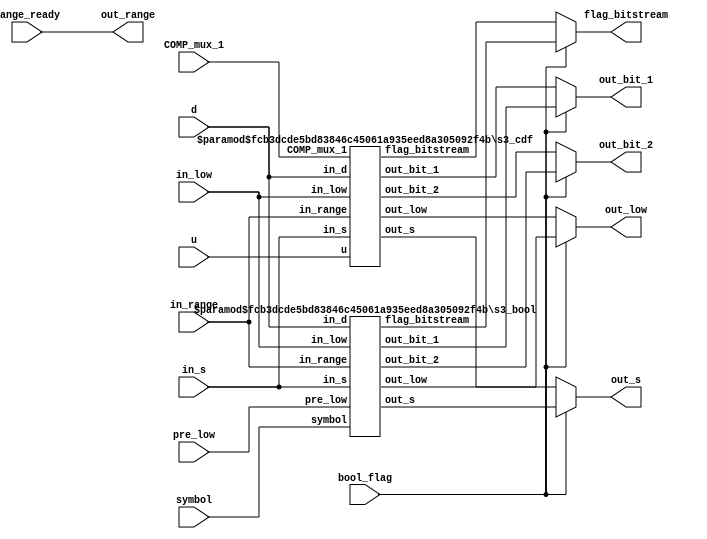
// To check later
// 1- Make the bitstream generation (out_bit_1/2) to be 9-bit arrays

module stage_3 #(
  parameter RANGE_WIDTH = 16,
  parameter LOW_WIDTH = 24,
  parameter D_SIZE = 5
  ) (
    input [(RANGE_WIDTH-1):0] in_range, range_ready, pre_low,
    input [(D_SIZE-1):0] d,
    input COMP_mux_1, bool_flag, symbol,
    input [RANGE_WIDTH:0] u,
    input [(D_SIZE-1):0] in_s,
    input [(LOW_WIDTH-1):0] in_low,
    output wire [(LOW_WIDTH-1):0] out_low,
    output wire [(RANGE_WIDTH-1):0] out_range,
    output wire [(RANGE_WIDTH-1):0] out_bit_1, out_bit_2,
    output wire [1:0] flag_bitstream,
    output wire [(D_SIZE-1):0] out_s
  );
  wire [(LOW_WIDTH-1):0] low_bool, low_cdf;
  wire [(LOW_WIDTH-1):0] low_raw;
  wire [(D_SIZE-1):0] s_bool, s_cdf;
  wire [(RANGE_WIDTH-1):0] out_bit_1_cdf, out_bit_2_cdf;
  wire [(RANGE_WIDTH-1):0] bool_out_bit_1, bool_out_bit_2;
  wire [1:0] flag_cdf, flag_bit_bool;

  s3_cdf #(
    .D_SIZE (D_SIZE),
    .LOW_WIDTH (LOW_WIDTH),
    .RANGE_WIDTH (RANGE_WIDTH)
    ) s3_cdf (
      .u (u),
      .in_d (d),
      .in_s (in_s),
      .in_low (in_low),
      .in_range (in_range),
      .COMP_mux_1 (COMP_mux_1),
      // Outputs
      .out_s (s_cdf),
      .out_low (low_cdf),
      .out_bit_1 (out_bit_1_cdf),
      .out_bit_2 (out_bit_2_cdf),
      .flag_bitstream (flag_cdf)
    );

    s3_bool #(
      .D_SIZE (D_SIZE),
      .LOW_WIDTH (LOW_WIDTH),
      .RANGE_WIDTH (RANGE_WIDTH)
      ) s3_bool (
        .in_d (d),
        .in_s (in_s),
        .in_low (in_low),
        .symbol (symbol),
        .pre_low (pre_low),
        .in_range (in_range),
        // Outputs
        .out_s (s_bool),
        .out_low (low_bool),
        .out_bit_1 (bool_out_bit_1),
        .out_bit_2 (bool_out_bit_2),
        .flag_bitstream (flag_bit_bool)
    );

  // ------------------------------------------------------
  assign out_low =  (bool_flag) ? low_bool :
                    low_cdf;
  assign out_s =  (bool_flag) ? s_bool :
                  s_cdf;
  assign flag_bitstream = (bool_flag) ? flag_bit_bool :
                          flag_cdf;
  assign out_bit_1 =  (bool_flag) ? bool_out_bit_1 :
                      out_bit_1_cdf;
  assign out_bit_2 =  (bool_flag) ? bool_out_bit_2 :
                      out_bit_2_cdf;
  // Assigned Outputs
  assign out_range = range_ready;
endmodule

module s3_cdf #(
  parameter D_SIZE = 5,
  parameter LOW_WIDTH = 24,
  parameter RANGE_WIDTH = 16
  )(
    input COMP_mux_1,
    input [RANGE_WIDTH:0] u,
    input [(LOW_WIDTH-1):0] in_low,
    input [(D_SIZE-1):0] in_d, in_s,
    input [(RANGE_WIDTH-1):0] in_range,
    // Outputs
    output wire [1:0] flag_bitstream,
    output wire [(D_SIZE-1):0] out_s,
    output wire [(LOW_WIDTH-1):0] out_low,
    output wire [(RANGE_WIDTH-1):0] out_bit_1, out_bit_2
  );
  wire [(LOW_WIDTH-1):0] low_1, low_raw;
  assign low_1 = in_low + (in_range - u[(RANGE_WIDTH-1):0]);

  assign low_raw =  (COMP_mux_1 == 1'b1) ? low_1 :
                    in_low;
  s3_renormalization # (
    .D_SIZE (D_SIZE),
    .LOW_WIDTH (LOW_WIDTH),
    .RANGE_WIDTH (RANGE_WIDTH)
    ) s3_cdf_norm (
      .d (in_d),
      .in_s (in_s),
      .low_raw (low_raw),
      // Outputs
      .out_s (out_s),
      .out_low (out_low),
      .out_bit_1 (out_bit_1),
      .out_bit_2 (out_bit_2),
      .flag_bitstream (flag_bitstream)
    );
endmodule

module s3_bool #(
  parameter D_SIZE = 5,
  parameter LOW_WIDTH = 24,
  parameter RANGE_WIDTH = 16
  )(
    input symbol,
    input [(LOW_WIDTH-1):0] in_low,
    input [(D_SIZE-1):0] in_d, in_s,
    input [(RANGE_WIDTH-1):0] in_range, pre_low,
    // Outputs
    output wire [1:0] flag_bitstream,
    output wire [(D_SIZE-1):0] out_s,
    output wire [(LOW_WIDTH-1):0] out_low,
    output wire [(RANGE_WIDTH-1):0] out_bit_1, out_bit_2
  );
  wire [(LOW_WIDTH-1):0] low_1, low_raw;
  /* Pre_low is a variable calculated within the Boolean block in Stage 2.
    Its creation was specifically done to reduce the stress generated by the
  parallelized Boolean blocks in Stage 3.
    Pre_low = in_range - v_bool
  */
  assign low_1 = in_low + pre_low;

  assign low_raw =  (symbol == 1'b1) ? low_1 :
                    in_low;
  s3_renormalization #(
    .D_SIZE (D_SIZE),
    .LOW_WIDTH (LOW_WIDTH),
    .RANGE_WIDTH (RANGE_WIDTH)
    ) s3_bool_norm (
      .d (in_d),
      .in_s (in_s),
      .low_raw (low_raw),
      // Outputs
      .out_s (out_s),
      .out_low (out_low),
      .out_bit_1 (out_bit_1),
      .out_bit_2 (out_bit_2),
      .flag_bitstream (flag_bitstream)
    );
endmodule

module s3_renormalization #(
  parameter LOW_WIDTH = 24,
  parameter RANGE_WIDTH = 16,
  parameter D_SIZE = 5
  )(
    input [(LOW_WIDTH-1):0] low_raw,
    input [(D_SIZE-1):0] d, in_s,
    // Outputs
    output wire [1:0] flag_bitstream,
    output wire [(D_SIZE-1):0] out_s,
    output wire [(LOW_WIDTH-1):0] out_low,
    output wire [(RANGE_WIDTH-1):0] out_bit_1, out_bit_2
  );
  wire [(LOW_WIDTH-1):0] low_s0, low_s8, m_s8, m_s0;
  wire [(D_SIZE-1):0] c_norm_s0, c_norm_s8, s_s0, s_s8;
  wire [(D_SIZE-1):0] s_comp;
  wire [(D_SIZE-1):0] c_bit_s0, c_bit_s8;

  assign s_comp = in_s + d;
  // ----------------------
  assign c_norm_s0 = in_s + 5'd7;
  assign m_s0 = (24'd1 << c_norm_s0) - 24'd1;

  // s_s0 adapted from: s0 = (in_s + 16) + d - 24
  assign s_s0 = in_s + d - 5'd8;
  assign low_s0 = low_raw & m_s0;
  // -----------------------
  assign c_norm_s8 = in_s - 5'd1;
  // m_s8 adapted from: m_s8 = m_s0 >> 8
  assign m_s8 = (24'd1 << c_norm_s8) - 24'd1;

  // s_s8 adapted from: s8 = (in_s + 8) + d - 24
  assign s_s8 = in_s + d - 5'd16;
  assign low_s8 = low_raw & m_s8;

  // pre-bitstream generation
  assign c_bit_s0 = in_s + 5'd7;
  assign c_bit_s8 = in_s - 5'd1;
  // =========================================================================
  // Outputs

  assign out_low =  ((s_comp >= 9) && (s_comp < 17)) ? low_s0 << d :
                    (s_comp >= 17) ? low_s8 << d :
                    low_raw << d;

  assign out_s =  ((s_comp >= 9) && (s_comp < 17)) ? s_s0 :
                  (s_comp >= 17) ? s_s8 :
                  s_comp;
  /*
    out_bit_1 and out_bit_2 are the pre-bitstreams generated by Stage 3.
    They are send to Stage 4 (carry propagation) for a reduction from a 9-bit to
  an 8-bit array.
  */
  assign out_bit_1 =  (s_comp >= 9) ? low_raw >> c_bit_s0 :
                      16'd0;
  assign out_bit_2 =  (s_comp >= 17) ? low_s0 >> c_bit_s8 :
                      16'd0;
  /*
  flag_bitstream represents how many pre-bitstreams are being in a given round
      01 (1): generating only out_bit_1
      10 (2): generating out_bit_1 and out_bit_2
  */

  assign flag_bitstream = ((s_comp >= 9) && (s_comp < 17)) ? 2'd1 :
                          (s_comp >= 17) ? 2'd2 :
                          2'd0;
endmodule